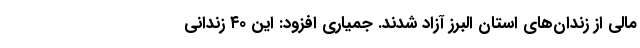
مالی از زندان‌های استان البرز آزاد شدند. جمیاری افزود: این ۴۰ زندانی